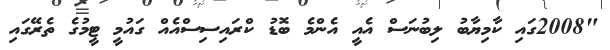
"2008ގައި ކާމިޔާބު ލިބުނަސް އެއީ އެންމެ ބޮޑު ކްރައިސިސްއެއް ގައުމީ ޓީމުގެ ތެރޭގައި